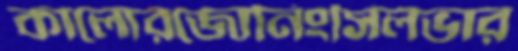
কালোরজোনিংসিলভার